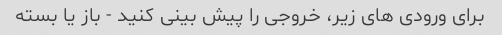
برای ورودی های زیر، خروجی را پیش بینی کنید - باز یا بسته